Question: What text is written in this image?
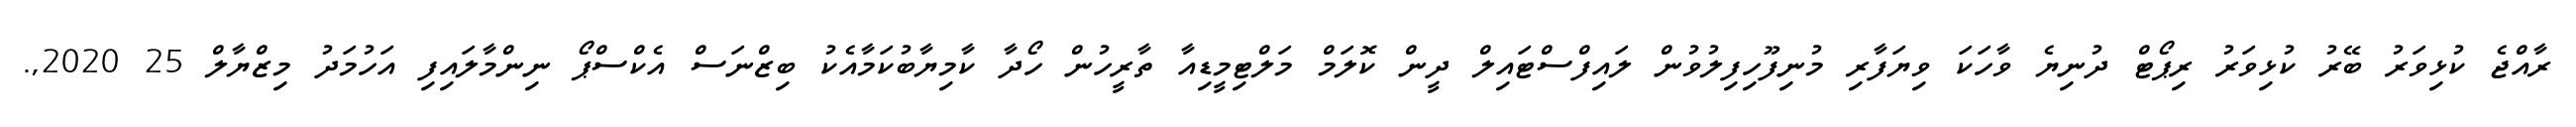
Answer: ރާއްޖެ ކުޅިވަރު ބޭރު ކުޅިވަރު ރިޕޯޓް ދުނިޔެ ވާހަކަ ވިޔަފާރި މުނިފޫހިފިލުވުން ލައިފްސްޓައިލް ދީން ކޮލަމް މަލްޓިމީޑިއާ ތާރީހުން ހޯދާ ކާމިޔާބުކަމާއެކު ބިޒްނަސް އެކްސްޕޯ ނިންމާލައިފި އަހުމަދު މިޒްޔާލް 25 2020,.